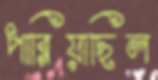
পারিয়াছিল